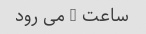
ساعت 8 می رود